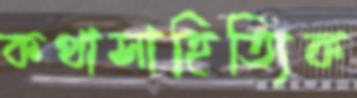
কথাসাহিত্যিক